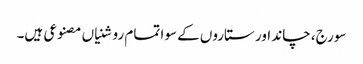
سورج، چاند اور ستاروں کے سوا تمام روشنیاں مصنوعی ہیں۔